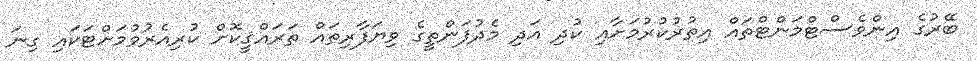
ބޭރުގެ އިންވެސްޓްމަންޓްތައް އިތުރުކުރުމަށާއި ކުދި އަދި މެދުފަންތީގެ ވިޔަފާރިތައް ތަރައްޤީކޮށް ކުރިއެރުވުމަށްޓަކައި ގިނަ